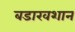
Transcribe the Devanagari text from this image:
बडाखशान